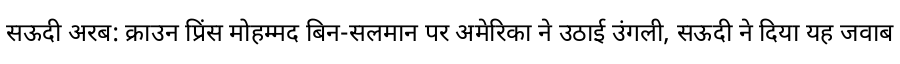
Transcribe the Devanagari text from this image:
सऊदी अरब: क्राउन प्रिंस मोहम्मद बिन-सलमान पर अमेरिका ने उठाई उंगली, सऊदी ने दिया यह जवाब